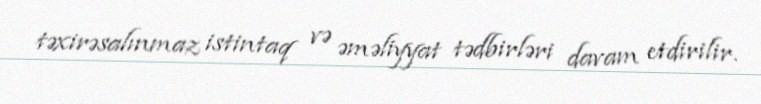
təxirəsalınmaz istintaq və əməliyyat tədbirləri davam etdirilir.